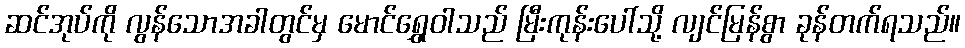
ဆင်အုပ်ကို လွန်သောအခါတွင်မှ မောင်ရွှေဝါသည် မြီးကုန်းပေါ်သို့ လျင်မြန်စွာ ခုန်တက်ရသည်။